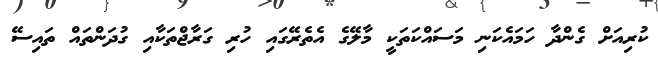
ކުރިއަށް ގެންދާ ހަމައެކަނި މަސައްކަތަކީ މާލޭގެ އެތެރޭގައި ހުރި ގަރާޖްތަކާއި ގުދަންތައް ތައިސޭ